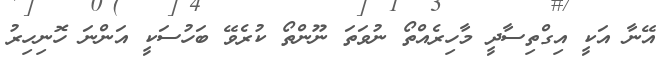
އޭނާ އަކީ އިގްތިސާދީ މާހިރެއްތޯ ނުވަތަ ނޫންތޯ ކުރެވޭ ބަހުސަކީ އަންނަ ހޮނިހިރު